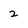
Character: 2